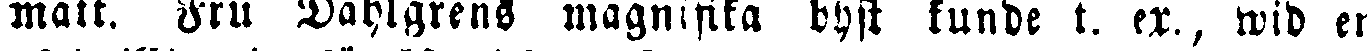
matt. Fru Dahlgrens magnifika dyst kunde t. ex., wid en